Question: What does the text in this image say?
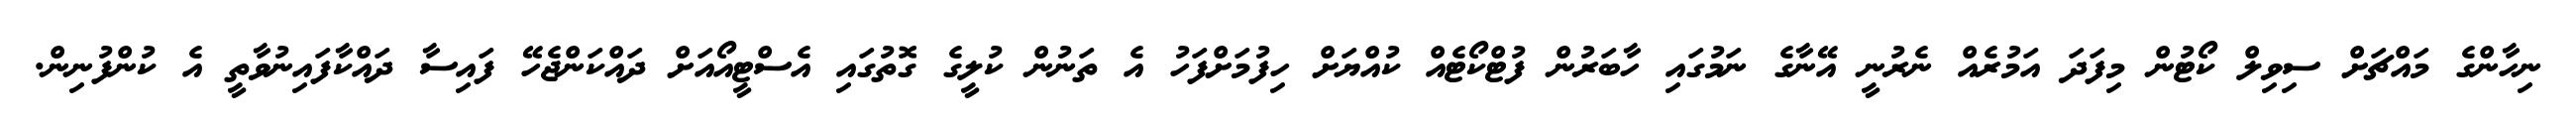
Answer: ނިހާންގެ މައްޗަށް ސިވިލް ކޯޓުން މިފަދަ އަމުރެއް ނެރުނީ އޭނާގެ ނަމުގައި ހާބަރުން ފުޓްކޯޓެއް ކުއްޔަށް ހިފުމަށްފަހު އެ ތަނުން ކުލީގެ ގޮތުގައި އެސްޓީއޯއަށް ދައްކަންޖެހޭ ފައިސާ ދައްކާފައިނުވާތީ އެ ކުންފުނިން.